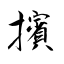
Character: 擯